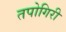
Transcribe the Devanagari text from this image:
तपोगिरी